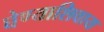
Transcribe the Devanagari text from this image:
घेण्याशिवाय